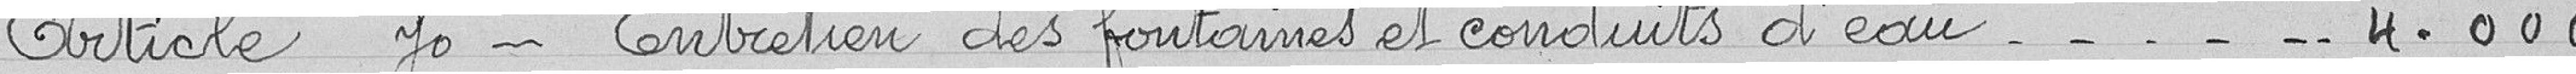
Article 70 - Entretien des fontaines et conduits d'eau 4.000